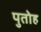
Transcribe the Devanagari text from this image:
पुतोह